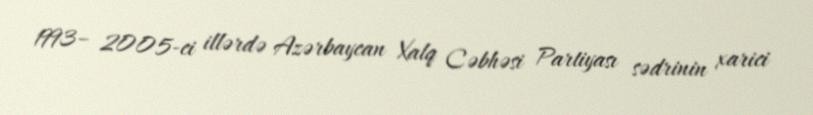
1993– 2005-ci illərdə Azərbaycan Xalq Cəbhəsi Partiyası sədrinin xarici